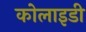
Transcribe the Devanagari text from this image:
कोलाइडी